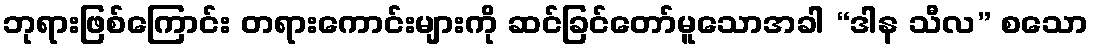
ဘုရားဖြစ်ကြောင်း တရားကောင်းများကို ဆင်ခြင်တော်မူသောအခါ “ဒါန သီလ” စသော